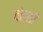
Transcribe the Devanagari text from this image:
वोत्सी